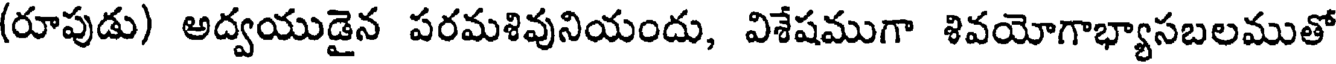
(రూపుడు) అద్వయుడైన పరమశివునియందు, విశేషముగా శివయోగాభ్యాసబలముతో